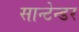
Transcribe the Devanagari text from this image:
सान्टेन्डर